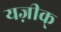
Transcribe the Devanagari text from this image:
यज़ीक्